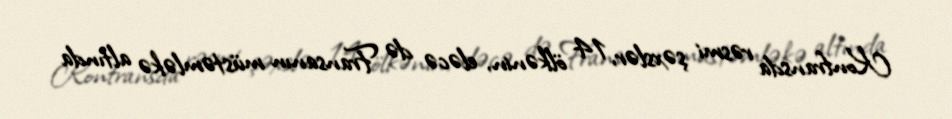
Konfransda rəsmi şəxslər, 14 ölkənin, eləcə də Fransanın müstəmləkə altında